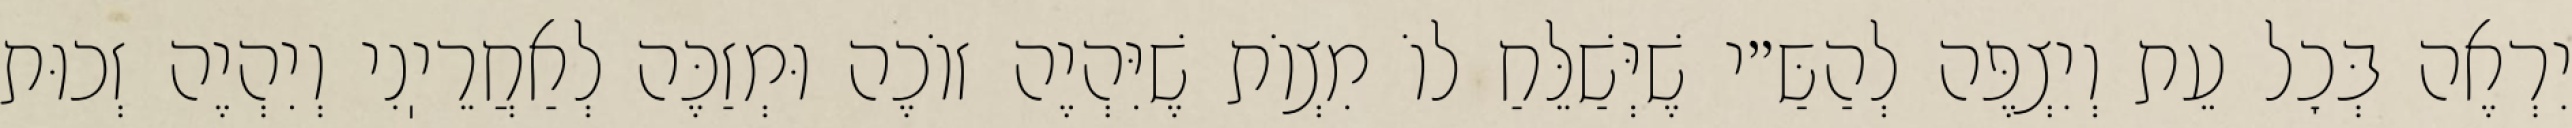
יִרְאֶה בְּכׇל עֵת וְיִצְפֶּה לְהַשַּ״י שֶׁיְּשַׁלֵּחַ לוֹ מִצְוֹת שֶׁיִּהְיֶה זוֹכֶה וּמְזַכֶּה לְאַחֲרֵיֽנִי וְיִהְיֶה זְכוּת